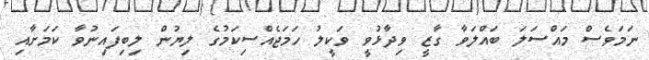
ނަމަވެސް މައްސަލަ ބައްލަވާ ގާޒީ ވިދާޅުވީ ވަކީލު ހަމަޖެއްސިކަމުގެ ލިޔުން ލިބިފައިނުވާ ކަމަށާއި